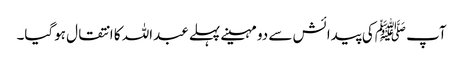
آپ ﷺکی پیدائش سے دو مہینے پہلے عبداللہ کا انتقال ہوگیا۔